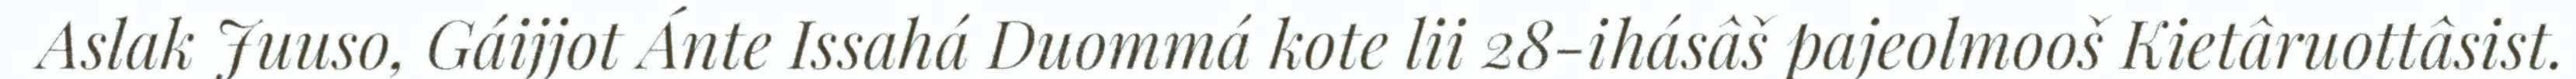
Aslak Juuso, Gáijjot Ánte Issahá Duommá kote lii 28-ihásâš pajeolmooš Kietâruottâsist.